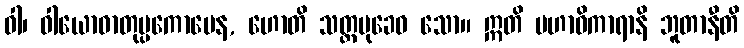
ဝါ၊ ဝါယောဓာတုပ္ပကောပေန, ဟောတိ သတ္ထမုခေဝ သော။ ဣတိ မဟာဝိကာရာနိ ဘူတာနီတိ